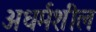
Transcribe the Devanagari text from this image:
अधर्मशील